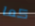
كما